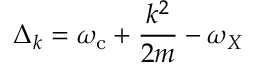
\Delta _ { k } = \omega _ { \mathrm { { c } } } + \frac { k ^ { 2 } } { 2 m } - \omega _ { X }